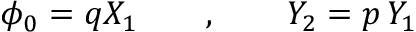
\phi _ { 0 } = q X _ { 1 } \qquad , \qquad Y _ { 2 } = p \, Y _ { 1 }